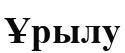
Ұрылу